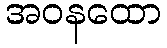
အဝနထော